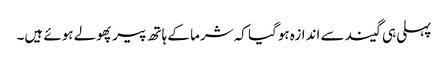
پہلی ہی گیند سے اندازہ ہوگیا کہ شرما کے ہاتھ پیر پھولے ہوئے ہیں۔